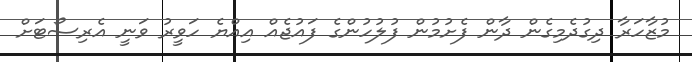
މުޒާހަރާ ދިގުދެމިގެން ދާން ފެށުމުން ފުލުހުންގެ ފައުޖެއް އިއްޔެ ހަވީރު ވަނީ އެރިސޯޓަށް